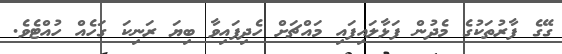
ގޭގެ ފާރުތަކުގެ މެދުން ފަޅާލައިފައި މައްޗަށް ހެދިފައިވާ ބިޔަ ރަނިކަ ގަހެއް ހުއްޓެވެ.